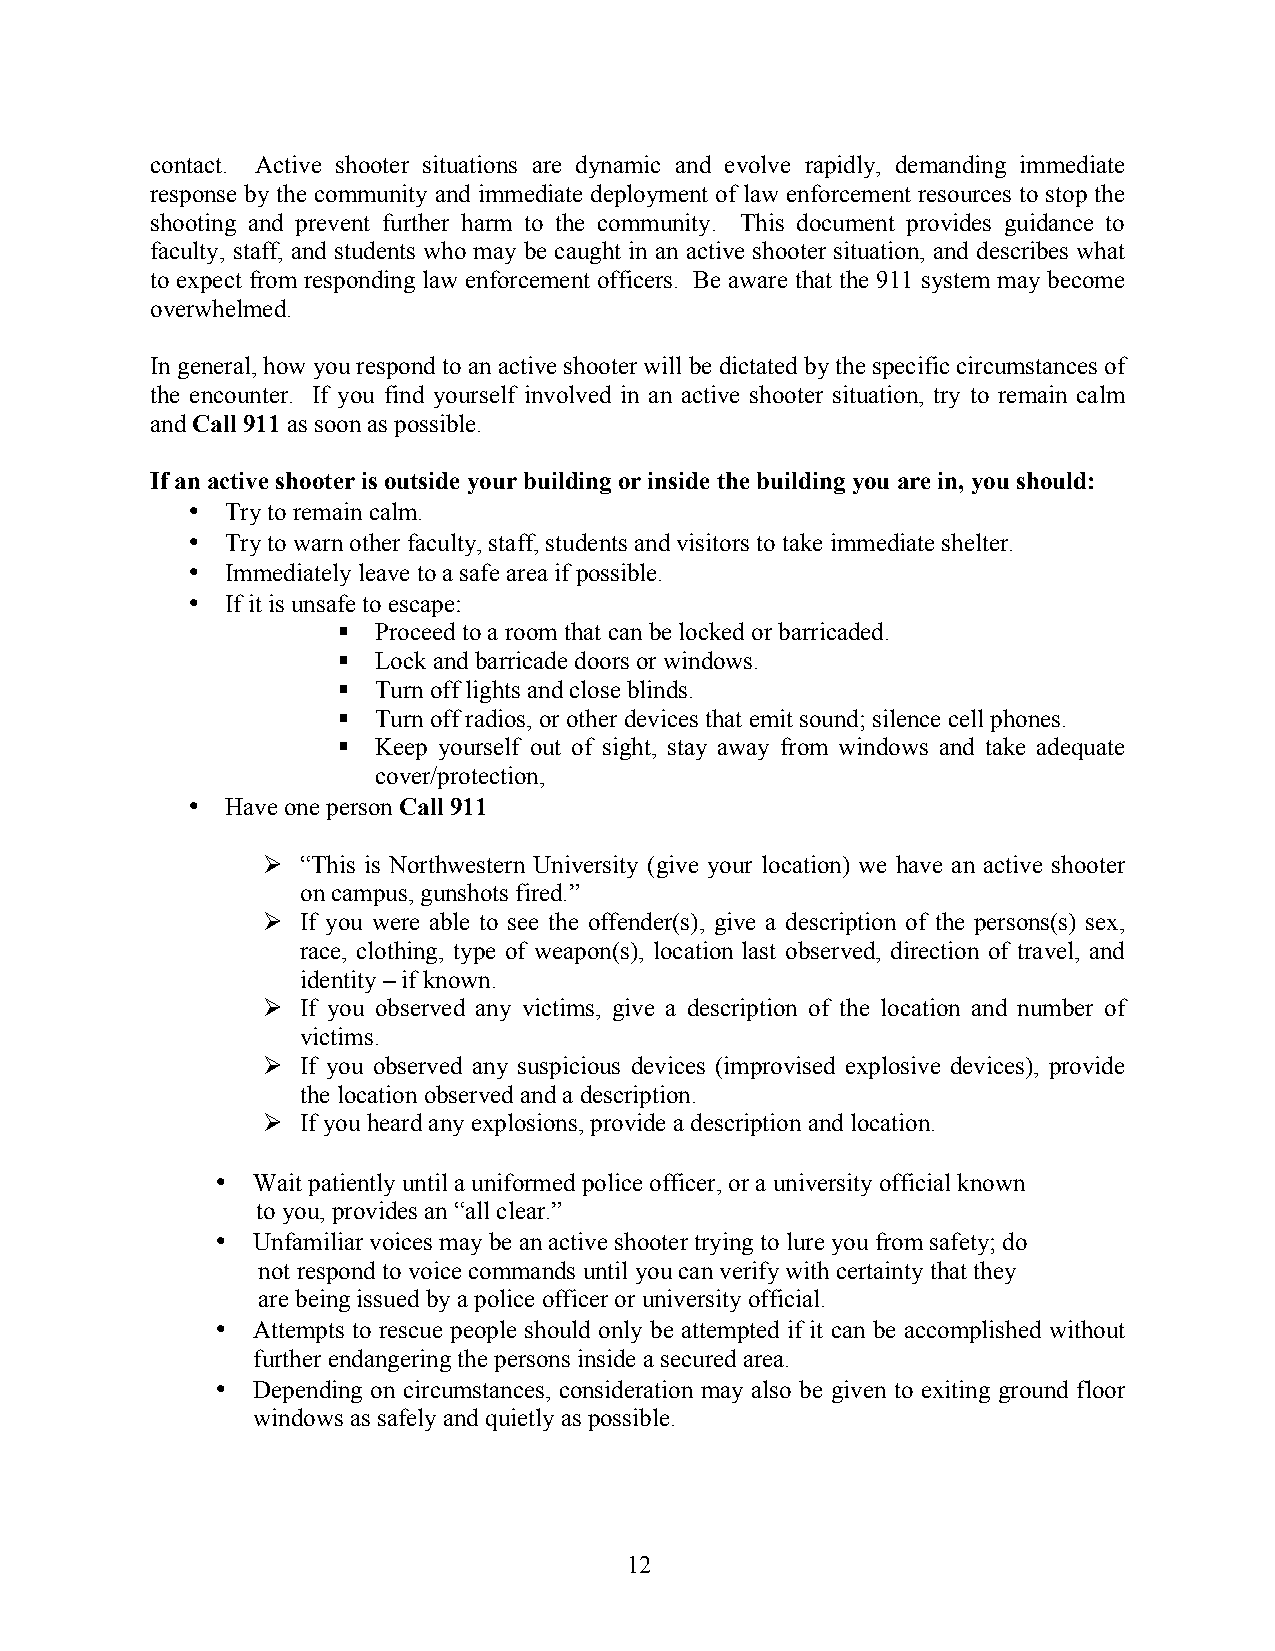
contact. Active shooter situations are dynamic and evolve rapidly, demanding immediate
 response by the community and immediate deployment of law enforcement resources to stop the
 shooting and prevent further harm to the community. This document provides guidance to
 faculty, staff, and students who may be caught in an active shooter situation, and describes what
 to expect from responding law enforcement officers. Be aware that the 911 system may become
 overwhelmed.
 In general, how you respond to an active shooter will be dictated by the specific circumstances of
 the encounter. If you find yourself involved in an active shooter situation, try to remain calm
 and Call 911 as soon as possible.
 If an active shooter is outside your building or inside the building you are in, you should:
 •  Try to remain calm.
 •  Try to warn other faculty, staff, students and visitors to take immediate shelter.
 •  Immediately leave to a safe area if possible.
 •  If it is unsafe to escape:
 § Proceed to a room that can be locked or barricaded.
 § Lock and barricade doors or windows.
 § Turn off lights and close blinds.
 § Turn off radios, or other devices that emit sound; silence cell phones.
 § Keep yourself out of sight, stay away from windows and take adequate
 cover/protection,
 •  Have one person Call 911
 Ø “This is Northwestern University (give your location) we have an active shooter
 on campus, gunshots fired.”
 Ø If you were able to see the offender(s), give a description of the persons(s) sex,
 race, clothing, type of weapon(s), location last observed, direction of travel, and
 identity – if known.
 Ø If you observed any victims, give a description of the location and number of
 victims.
 Ø If you observed any suspicious devices (improvised explosive devices), provide
 the location observed and a description.
 Ø If you heard any explosions, provide a description and location.
 •  Wait patiently until a uniformed police officer, or a university official known
 to you, provides an “all clear.”
 •  Unfamiliar voices may be an active shooter trying to lure you from safety; do
 not respond to voice commands until you can verify with certainty that they
 are being issued by a police officer or university official.
 •  Attempts to rescue people should only be attempted if it can be accomplished without
 further endangering the persons inside a secured area.
 •  Depending on circumstances, consideration may also be given to exiting ground floor
 windows as safely and quietly as possible.
 12